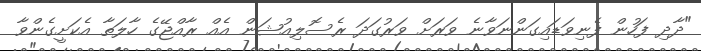
"ދާދި ފަހުން ފެނިވަޑައިގަންނަވާނެ ވަރަށް ވަރުގަދަ ރެސޮލިއުޝަން އެއް ރާއްޖޭގެ ހާލަތާ އެކަށީގެންވާ